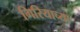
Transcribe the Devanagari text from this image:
गिरियाच्या